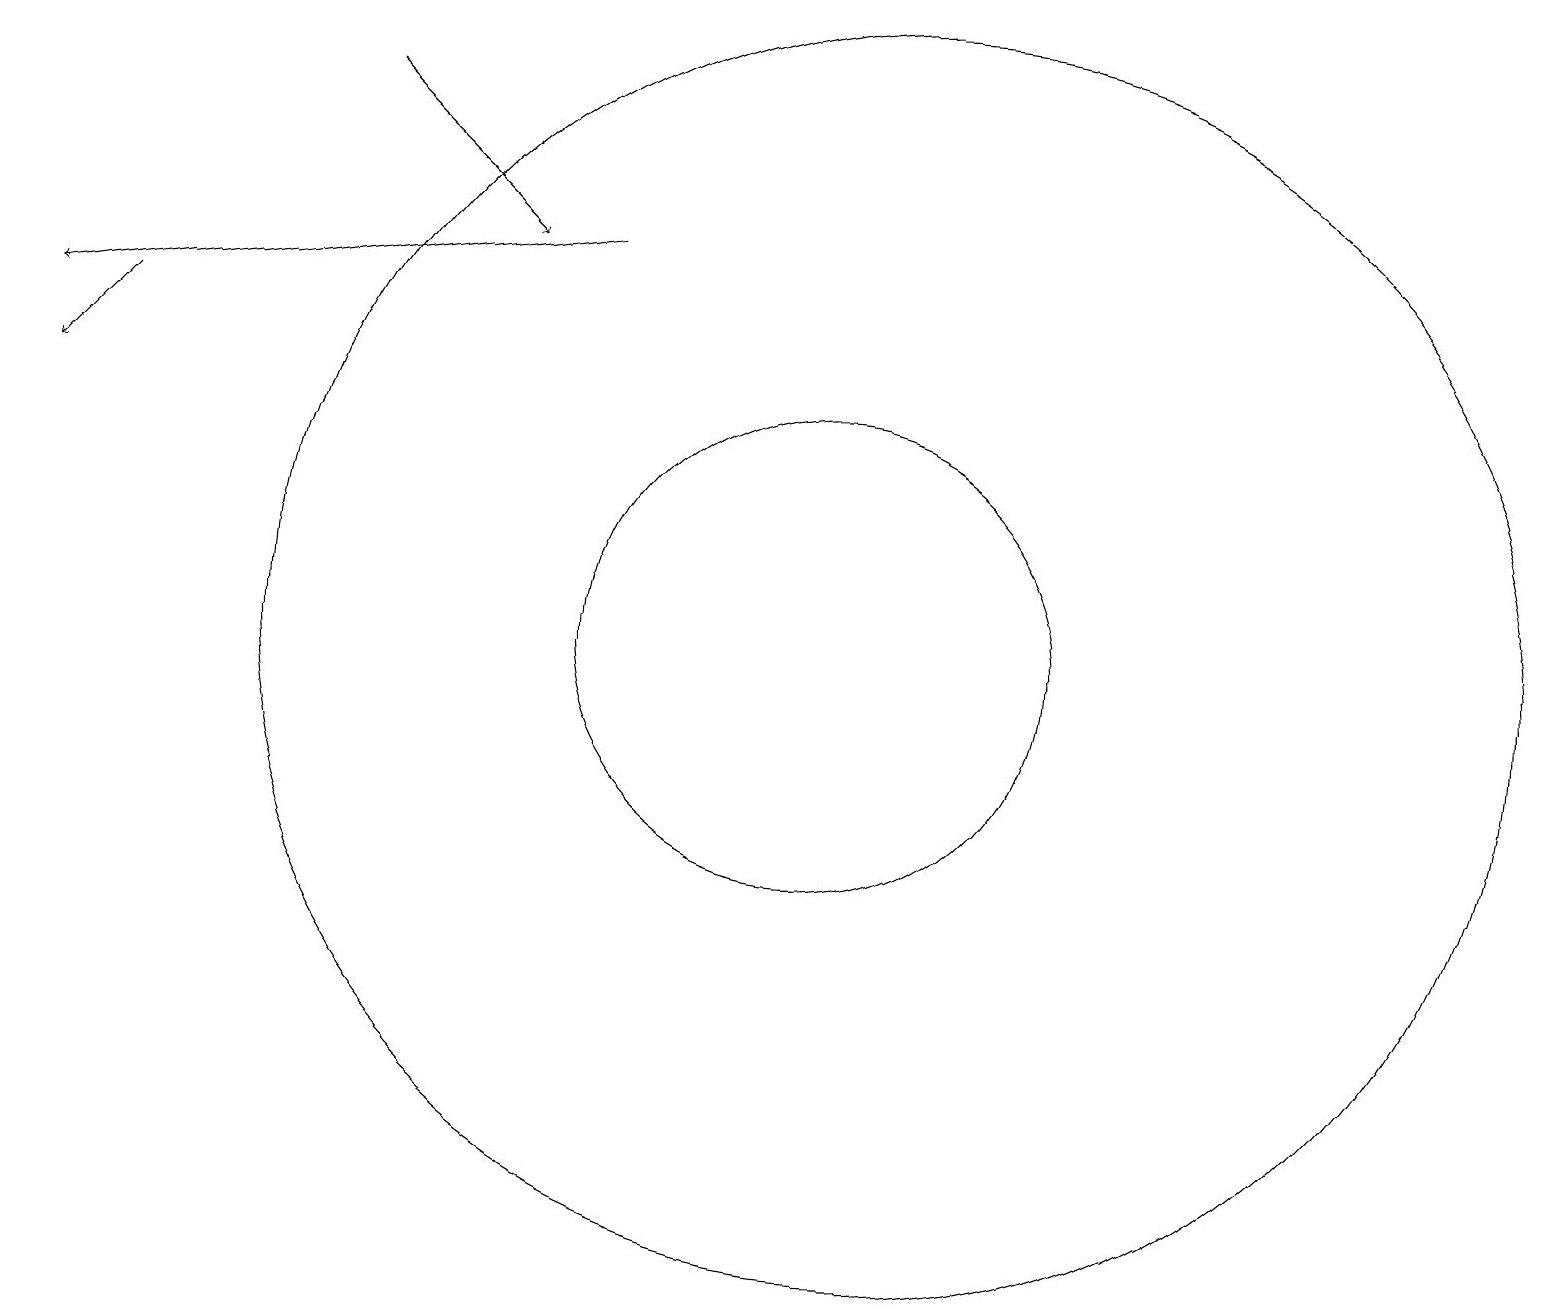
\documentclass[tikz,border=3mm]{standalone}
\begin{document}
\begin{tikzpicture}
\draw (12,11) circle (8);
\draw[->] (8,16) -- (1,15);
\draw[->] (2,15) -- (1,14);
\draw[->] (5,18) -- (7,16);
\draw (11,11) circle (3);
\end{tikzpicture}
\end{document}